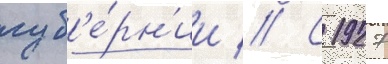
губ'е́рн'ии // С 1927